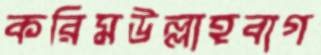
করিমউল্লাহবাগ